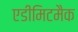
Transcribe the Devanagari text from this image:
एडीमिटमैक